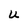
Character: U